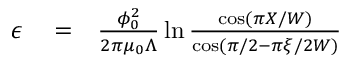
\begin{array} { r l r } { \epsilon } & { { } = } & { \frac { \phi _ { 0 } ^ { 2 } } { 2 \pi \mu _ { 0 } \Lambda } \ln \frac { \cos ( \pi X / W ) } { \cos ( \pi / 2 - \pi \xi / 2 W ) } } \end{array}